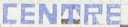
CENTRE